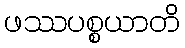
ဖဿပစ္စယာတိ